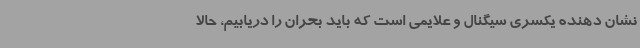
نشان دهنده یکسری سیگنال و علایمی است که باید بحران را دریابیم، حالا